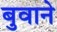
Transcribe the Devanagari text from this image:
बुवाने